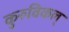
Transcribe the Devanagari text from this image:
कुरुविकल्